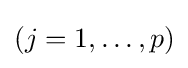
(j=1,\dots ,p)